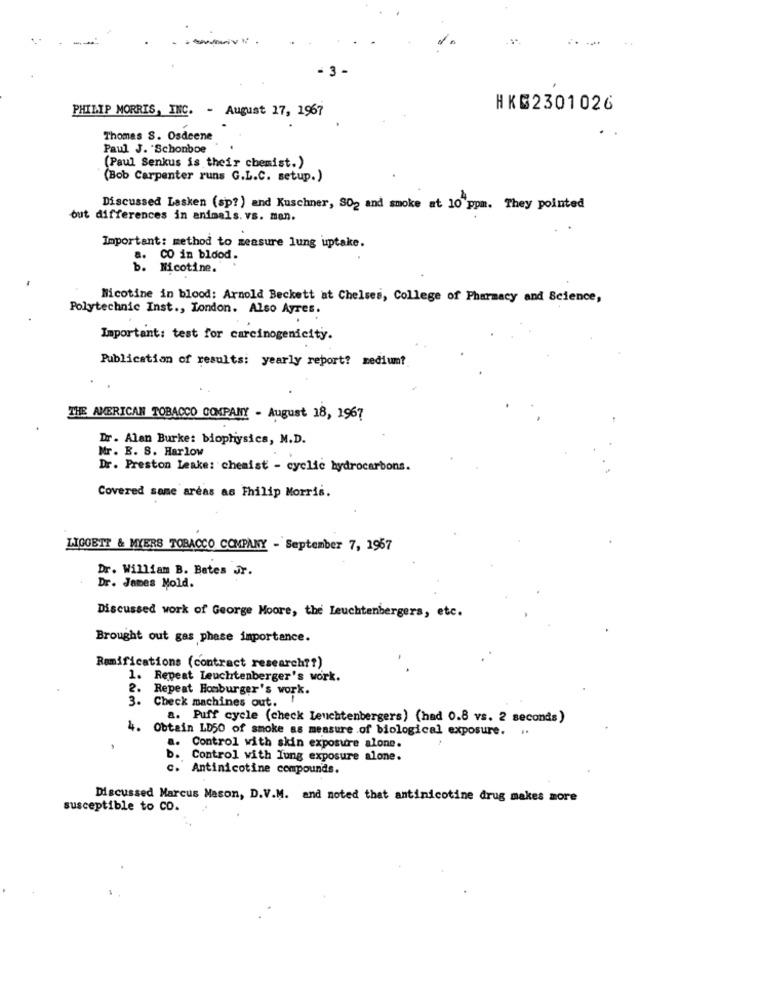
- 3
PHILIP MORRIS, INC. - August 17, 1967
HKG2301026
Thomas S. Osdeene
Paul J. Schonboe
(Paul Senkus is their chemist.)
(Bob Carpenter runs G.L.C. setup.)
Discussed Lasken (sp?) and Kuschner, 802 and smoke at 10 ppm. They pointed
but differences in animals. vs. man.
Important: method to measure lung uptake.
. CO in blood.
b. Nicotine.
Nicotine in blood: Arnold Beckett at Chelses, College of Pharmacy and Science,
Polytechnic Inst ., London. Also Ayres.
Important: test for carcinogenicity.
Publication of results: yearly report? medium?
THE AMERICAN TOBACCO COMPANY - August 18, 1967
Dr. Alan Burke: biophysics, M.D.
Mr. B. S. Harlow
Dr. Preston Leake: chemist - cyclic hydrocarbons.
Covered some areas as Philip Morris.
LIGGETT & MYERS TOBACCO COMPANY - September 7, 1957
Dr. William B. Bates Jr.
Dr. James Mold.
Discussed work of George Moore, the Leuchtenbergers, etc.
Brought out gas phase importance.
Ramifications (contract research ?? )
1. Repeat Leuchtenberger's work.
Repeat Homburger's work.
3. Check machines out. !
a. Puff cycle (check Leuchtenbergers) (had 0.8 vs. 2 seconds)
4. Obtain LD50 of smoke as measure of biological exposure. ..
a. Control with skin exposure alone.
b .
Control with Iung exposure alone.
c. Antinicotine compounds.
Discussed Marcus Mason, D.V.M. and noted that antinicotine drug makes more
susceptible to CO.